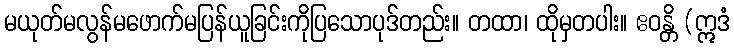
မယုတ်မလွန်မဖောက်မပြန်ယူခြင်းကိုပြသောပုဒ်တည်း။ တထာ၊ ထိုမှတပါး။ ဧဝန္တိ (ဣဒံ